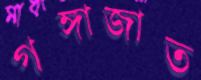
গঙ্গাজাত